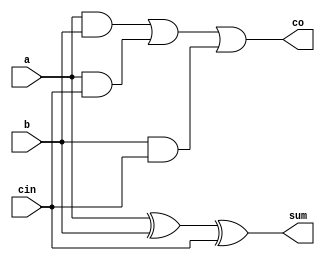
// Code your design here
// FA
module fa(a,b,cin,sum,co);
  input a,b,cin;
  output sum,co;
  assign sum=a^b^cin;
  assign co=(a&b)|(a&cin)|(b&cin);
endmodule

//XOR gate

module xorgate(y,a,b);
  input a,b;
  output y;
  assign y=a^b;
endmodule

module adderCUMsub4bit(a,b,control,sumDiff,carry_borrow);
  input [3:0]a,b;
  input control;
  output [3:0]sumDiff;
  output carry_borrow;
  wire [3:0]bcomp;
  
  
  xorgate ins1(bcomp[0],control,b[0]);
  xorgate ins2(bcomp[1],control,b[1]);
  xorgate ins3(bcomp[2],control,b[2]);
  xorgate ins4(bcomp[3],control,b[3]);
  
  fa fa1(a[0],bcomp[0],control,sumDiff[0],c1);
  fa fa2(a[1],bcomp[1],c1,sumDiff[1],c2);
  fa fa3(a[2],bcomp[2],c2,sumDiff[2],c3);
  fa fa4(a[3],bcomp[3],c3,sumDiff[3],carry_borrow);
endmodule

module addcumsub_BFM(a,b,control,sumdiff,carryborrow);
  
  input [3:0]a,b;
  input control;
  output [3:0]sumdiff;
  output carryborrow;
   wire [3:0]bcomp;
   xorgate ins1(bcomp[0],control,b[0]);
  xorgate ins2(bcomp[1],control,b[1]);
  xorgate ins3(bcomp[2],control,b[2]);
  xorgate ins4(bcomp[3],control,b[3]);
  
  fa fa1(a[0],bcomp[0],control,sumdiff[0],c1);
  fa fa2(a[1],bcomp[1],c1,sumdiff[1],c2);
  fa fa3(a[2],bcomp[2],c2,sumdiff[2],c3);
  fa fa4(a[3],bcomp[3],c3,sumdiff[3],carryborrow);
endmodule
 
  
  //TB

// Code your testbench here
// or browse Examples
`timescale 1ns/1ns
module test;
  reg [3:0]a,b;
  reg control;
  wire [3:0]sumDiff,sd_ref;
  wire carry_borrow,cb_ref;
  
  adderCUMsub4bit ins1(a,b,control,sumDiff,carry_borrow);
  addcumsub_BFM ins2(.a(a),.b(b),.control(control),.sumdiff(sd_ref),.carryborrow(cb_ref));
  
  initial 
    repeat(20)
   begin
     addcumsumtask($random,$random,$random);
  
end


task  addcumsumtask;
  input [3:0]a_t,so_t;
  input s1_t;
begin
   a=a_t;
   b=so_t;
   control=s1_t;

 #10;
  if( (sumDiff==sd_ref) &&   (carry_borrow==cb_ref))
        
    $display("Results are correct: a=%b, b=%b, control=%b,sumDiff=%b,sd_ref=%b,carry_borrow=%b,cb_ref=%b",a,b,control,sumDiff,sd_ref,carry_borrow,cb_ref);
         else
           $display("Results are incorrect: a=%b, b=%b, control=%b,sumDiff=%b,sd_ref=%b,carry_borrow=%b,cb_ref=%b",a,b,control,sumDiff,sd_ref,carry_borrow,cb_ref);
end
endtask
endmodule
  


//EDAPlayground https://www.edaplayground.com/x/jKWC